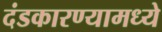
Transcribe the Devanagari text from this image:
दंडकारण्यामध्ये